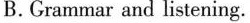
B. Grammar and listening.